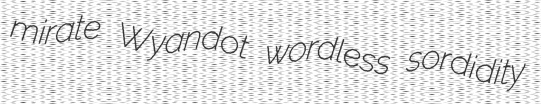
mirate Wyandot wordless sordidity